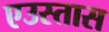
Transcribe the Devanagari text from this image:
एउस्तास